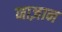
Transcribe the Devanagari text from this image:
नाज़ान